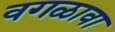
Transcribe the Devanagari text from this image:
वगळावा